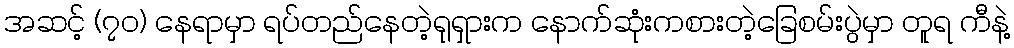
အဆင့် (၇ဝ) နေရာမှာ ရပ်တည်နေတဲ့ရုရှားက နောက်ဆုံးကစားတဲ့ခြေစမ်းပွဲမှာ တူရ ကီနဲ့